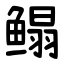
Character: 鳎